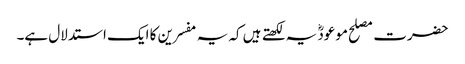
حضرت مصلح موعودؓ یہ لکھتے ہیں کہ یہ مفسرین کا ایک استدلال ہے۔